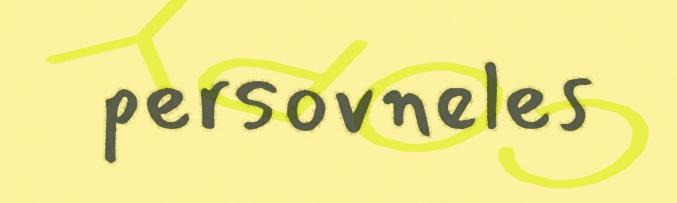
persovneles